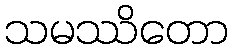
သမဿိတော